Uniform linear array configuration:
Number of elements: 64
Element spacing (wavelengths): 1
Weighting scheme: exponential
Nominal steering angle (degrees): -15
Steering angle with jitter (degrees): -14.729
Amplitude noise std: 0.05
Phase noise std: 0.05

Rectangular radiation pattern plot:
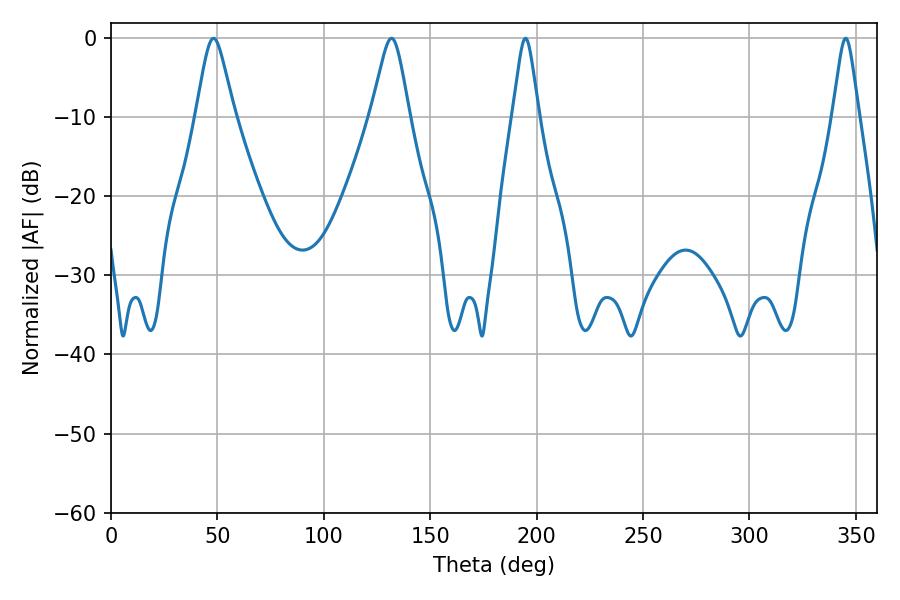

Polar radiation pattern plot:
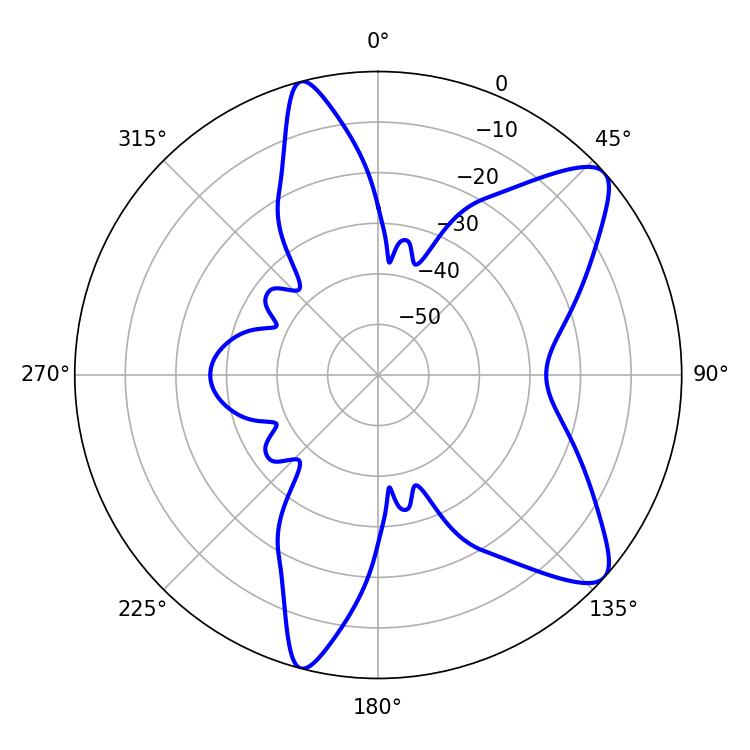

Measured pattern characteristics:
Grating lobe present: TRUE
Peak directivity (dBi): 9.689
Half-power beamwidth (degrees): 5.76
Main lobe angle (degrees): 194.76